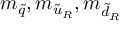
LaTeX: m _ { \tilde { q } } , m _ { { \tilde { u } } _ { R } } , m _ { { \tilde { d } } _ { R } }